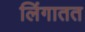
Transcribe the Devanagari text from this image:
लिंगातत